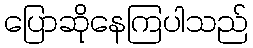
ပြောဆိုနေကြပါသည်